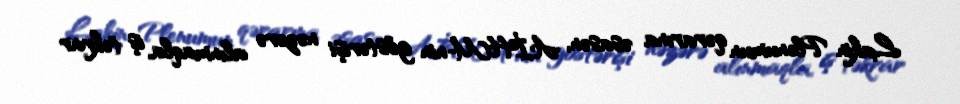
Lakin Plenumun qərarına əsasən, AİHM-nin göstərişi nəzərə alınmaqla, iş təkrar